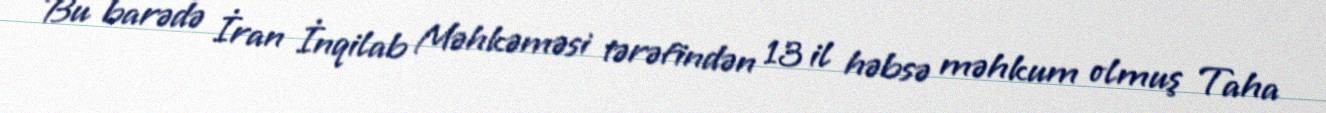
Bu barədə İran İnqilab Məhkəməsi tərəfindən 13 il həbsə məhkum olmuş Taha